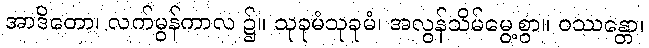
အာဒိတော၊ လက်မွန်ကာလ ၌။ သုခုမံသုခုမံ၊ အလွန်သိမ်မွေ့စွာ။ ဝဿန္တော၊